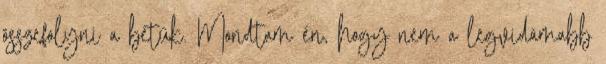
összefolyni a betűk. Mondtam én, hogy nem a legvidámabb